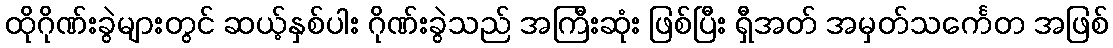
ထိုဂိုဏ်းခွဲများတွင် ဆယ့်နှစ်ပါး ဂိုဏ်းခွဲသည် အကြီးဆုံး ဖြစ်ပြီး ရှီအတ် အမှတ်သင်္ကေတ အဖြစ်